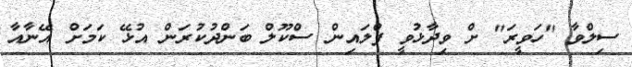
ސިލްވާ "ހަވީރަ" ށް ވިދާޅުވީ ފްލައިން ސްކޫލް ބަންދުކުރަން އުޅޭ ކަމަށް އޭނާއާ